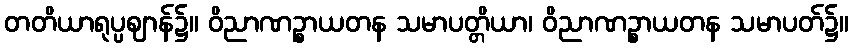
တတိယာရုပ္ပဈာန်၌။ ဝိညာဏဉ္စာယတန သမာပတ္တိယာ၊ ဝိညာဏဉ္စာယတန သမာပတ်၌။